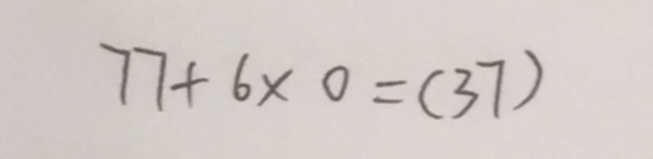
3 7 + 6 \times 0 = ( 3 7 )